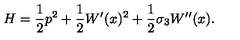
H = { \frac { 1 } { 2 } } p ^ { 2 } + { \frac { 1 } { 2 } } W ^ { \prime } ( x ) ^ { 2 } + { \frac { 1 } { 2 } } \sigma _ { 3 } W ^ { \prime \prime } ( x ) .